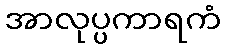
အာလုပ္ပကာရကံ